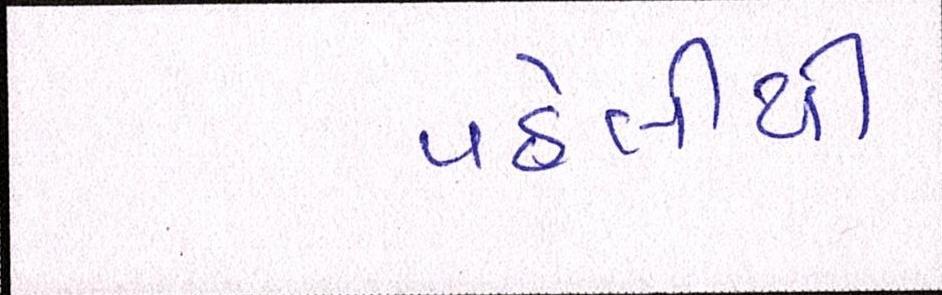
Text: પહેલીથી